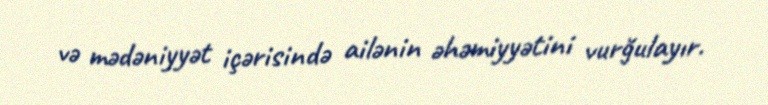
və mədəniyyət içərisində ailənin əhəmiyyətini vurğulayır.